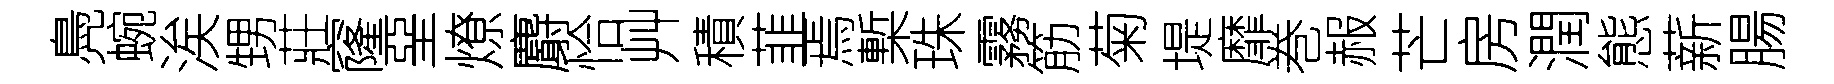
鳧蜿涘甥莊窿堊燎麝恰艸積韮焉槧珠霧筋菊堤靡巻赧芒房潤態薪腸